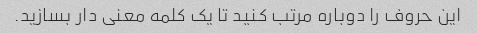
این حروف را دوباره مرتب کنید تا یک کلمه معنی دار بسازید.